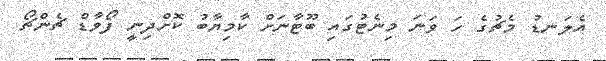
އެލަނޑު މެޗުގެ ހަ ވަނަ މިނެޓުގައި ބޫޓާނަށް ކާމިޔާބު ކޮށްދިނީ ފޯވާޑް ޗެންޗޯ